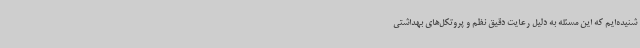
شنیده‌ایم که این مسئله به دلیل رعایت دقیق نظم و پروتکل‌های بهداشتی